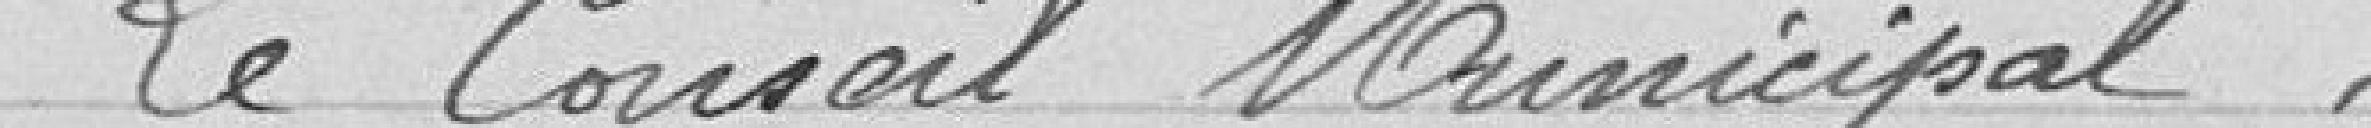
Le Conseil Municipal,